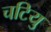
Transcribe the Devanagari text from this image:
चटियु